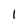
Character: 1